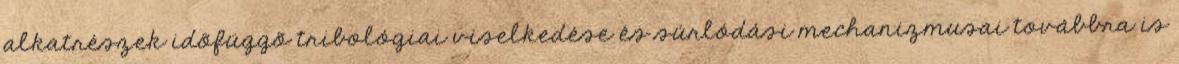
alkatrészek idõfüggõ tribológiai viselkedése és súrlódási mechanizmusai továbbra is